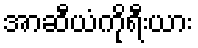
အာဆီယံကိုရီးယား